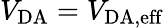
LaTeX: V_{\mathrm{DA}}=V_{\mathrm{DA,eff}}